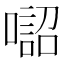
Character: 𠾓